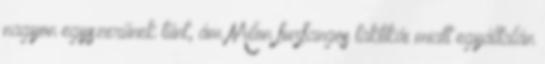
nagyon egyszerűnek tűnt, ám Milon furfangos taktikái miatt egyáltalán